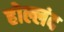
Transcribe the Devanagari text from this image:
होल्लंद